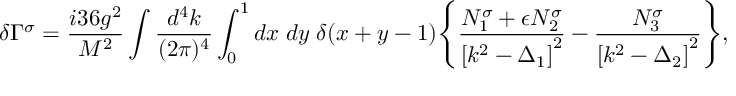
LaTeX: \delta \Gamma ^ { \sigma } = \frac { i 3 6 g ^ { 2 } } { M ^ { 2 } } \int \frac { d ^ { 4 } k } { ( 2 \pi ) ^ { 4 } } \int _ { 0 } ^ { 1 } d x \; d y \; \delta ( x + y - 1 ) \Biggl \{ \frac { N _ { 1 } ^ { \sigma } + \epsilon N _ { 2 } ^ { \sigma } } { \left[ k ^ { 2 } - \Delta _ { 1 } \right] ^ { 2 } } - \frac { N _ { 3 } ^ { \sigma } } { \left[ k ^ { 2 } - \Delta _ { 2 } \right] ^ { 2 } } \Biggr \} ,